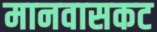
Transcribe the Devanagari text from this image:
मानवासकट